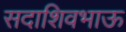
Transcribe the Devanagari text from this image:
सदाशिवभाऊ